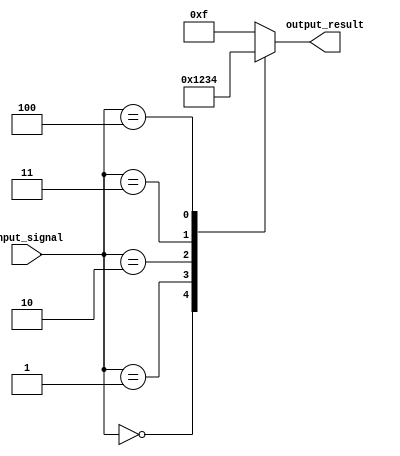
module Parallel_Case (
    input wire [2:0] input_signal,
    output reg [3:0] output_result
);

always @(*) begin
    case(input_signal)
        3'b000: begin
            // Code block for case 000
            output_result = 4'b0000;
        end
        3'b001: begin
            // Code block for case 001
            output_result = 4'b0001;
        end
        3'b010: begin
            // Code block for case 010
            output_result = 4'b0010;
        end
        3'b011: begin
            // Code block for case 011
            output_result = 4'b0011;
        end
        3'b100: begin
            // Code block for case 100
            output_result = 4'b0100;
        end
        default: begin
            // Default code block
            output_result = 4'b1111;
        end
    endcase
end

endmodule